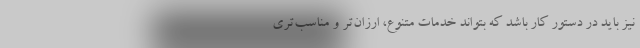
نیز باید در دستور کار باشد که بتواند خدمات متنوع، ارزان‌تر و مناسب‌تری